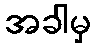
အခါမှ